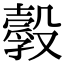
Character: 𣫌